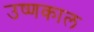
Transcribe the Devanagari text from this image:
उष्णकाल